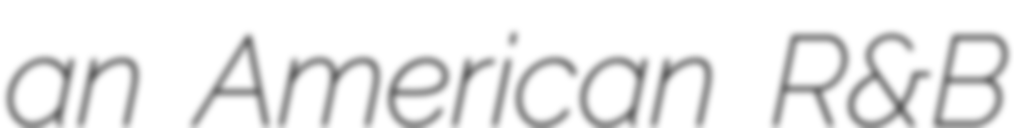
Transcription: an American R&B